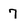
Character: 7